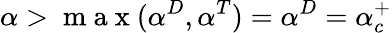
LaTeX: \alpha>\mathrm{~m~a~x~}(\alpha^{D},\alpha^{T})=\alpha^{D}=\alpha_{c}^{+}